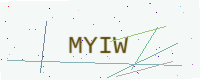
Text: MYIW